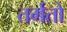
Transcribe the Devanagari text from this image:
तर्मतो